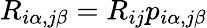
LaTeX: R_{i\alpha,j\beta}=R_{ij}p_{i\alpha,j\beta}